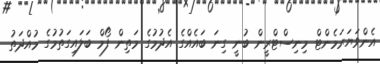
އެންވަޔަރަމެންޓް މިނިސްޓްރީން ބުނީ ގިނަ ބައެއްގެ އެދުމުގެ މަތިން ފޯމް ބަލައިގަތުމުގެ މުއްދަތު